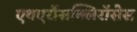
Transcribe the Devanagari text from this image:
एथएरॉसक्लिरॉसेस